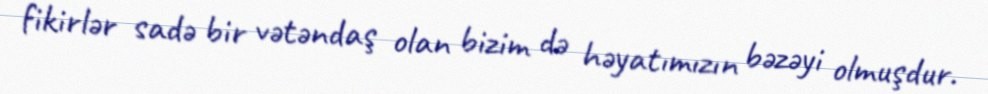
fikirlər sadə bir vətəndaş olan bizim də həyatımızın bəzəyi olmuşdur.